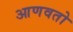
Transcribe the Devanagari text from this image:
आणवतो